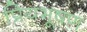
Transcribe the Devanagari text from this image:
प्रियभूषण